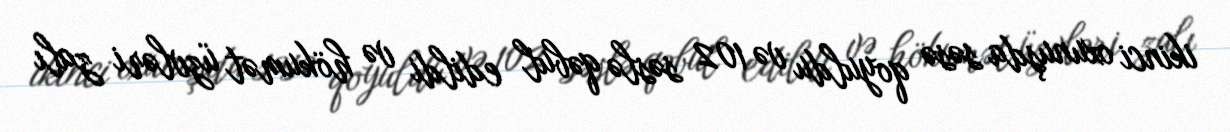
ikinci oxunuşda səsə qoyuldu və 102 səslə qəbul edildi və hökumət üzvləri zalı